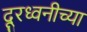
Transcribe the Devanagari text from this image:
दूरध्वनीच्या